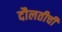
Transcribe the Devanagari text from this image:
दौलतीची